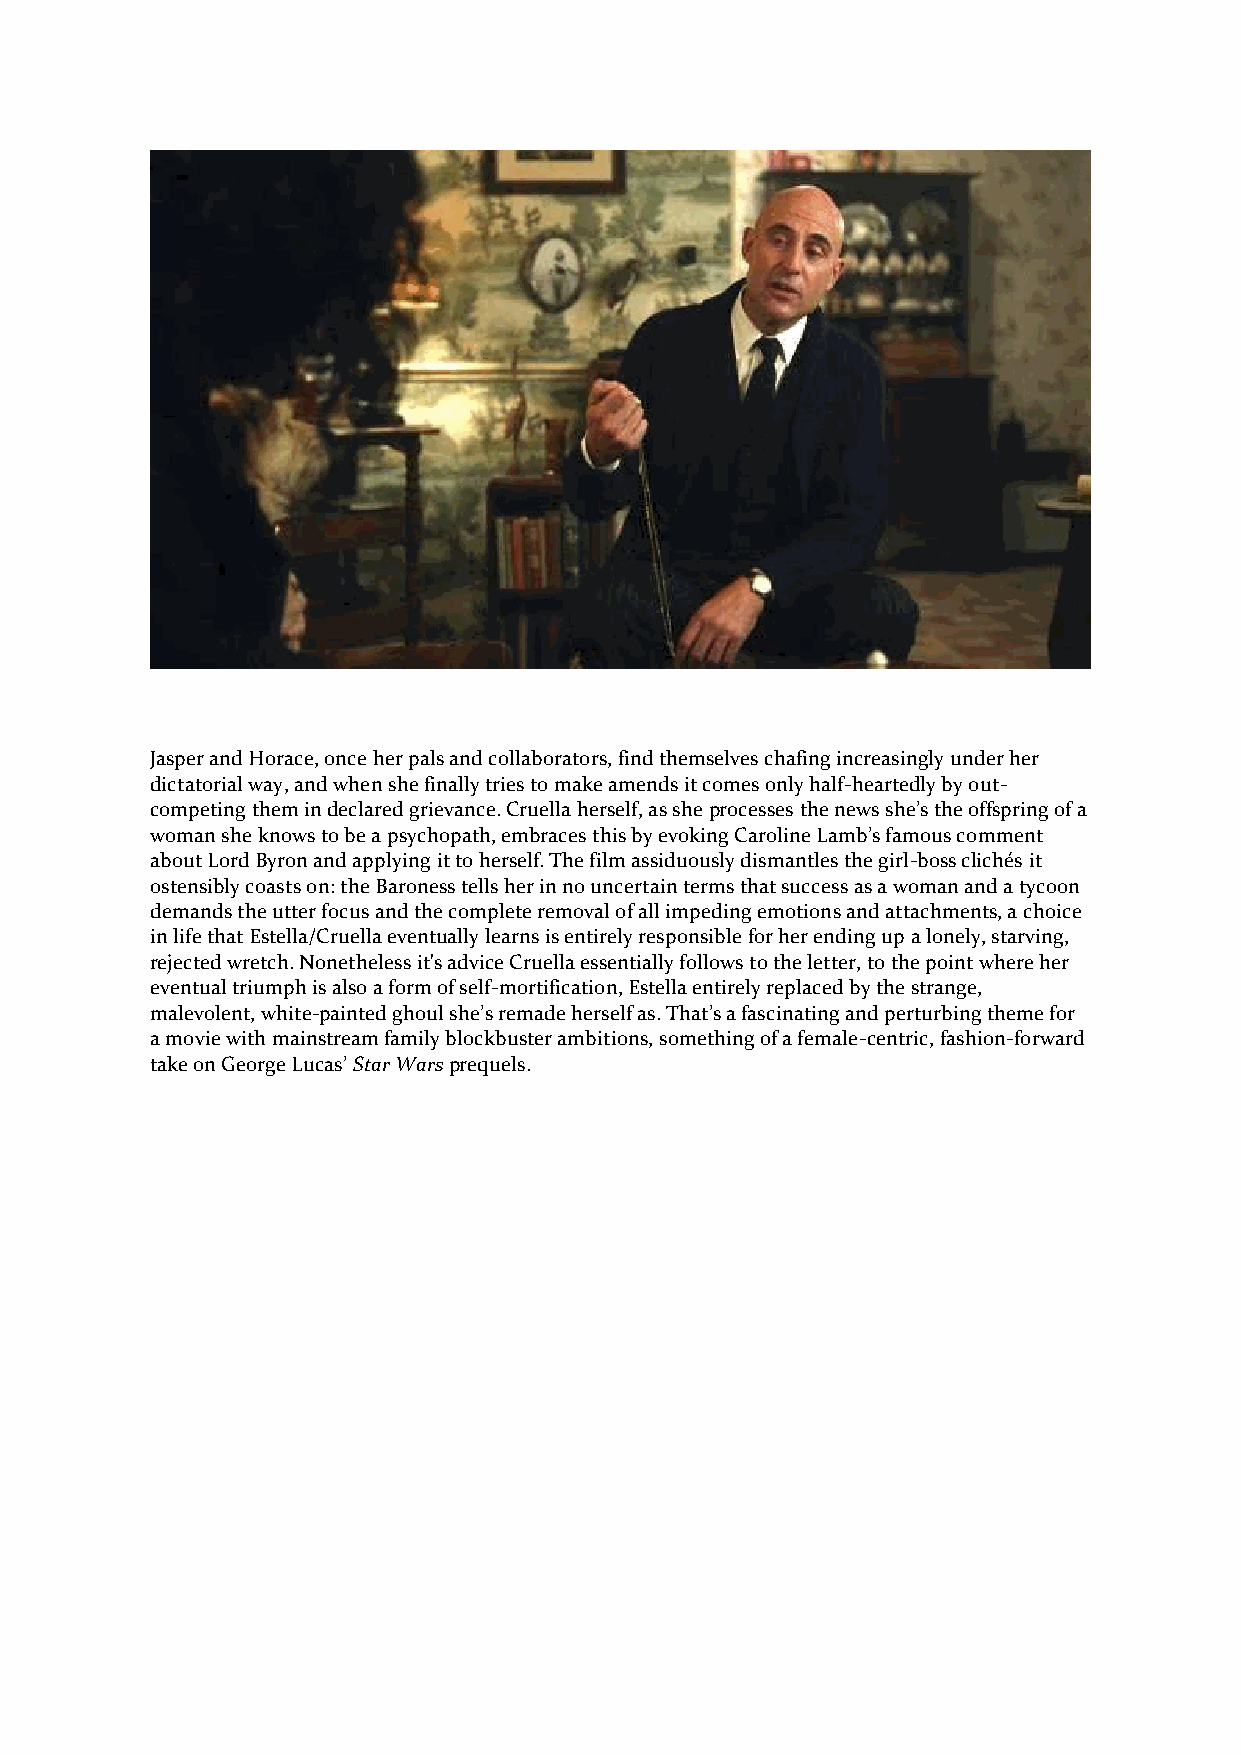
Jasper and Horace, once her pals and collaborators, find themselves chafing increasingly under her
 dictatorial way, and when she finally tries to make amends it comes only half-heartedly by out-
 competing them in declared grievance. Cruella herself, as she processes the news she’s the offspring of a
 woman she knows to be a psychopath, embraces this by evoking Caroline Lamb’s famous comment
 about Lord Byron and applying it to herself. The film assiduously dismantles the girl-boss clichés it
 ostensibly coasts on: the Baroness tells her in no uncertain terms that success as a woman and a tycoon
 demands the utter focus and the complete removal of all impeding emotions and attachments, a choice
 in life that Estella/Cruella eventually learns is entirely responsible for her ending up a lonely, starving,
 rejected wretch. Nonetheless it's advice Cruella essentially follows to the letter, to the point where her
 eventual triumph is also a form of self-mortification, Estella entirely replaced by the strange,
 malevolent, white-painted ghoul she’s remade herself as. That’s a fascinating and perturbing theme for
 a movie with mainstream family blockbuster ambitions, something of a female-centric, fashion-forward
 take on George Lucas’ Star Wars prequels.